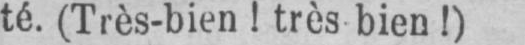
té. (Très-bien! très bien!)